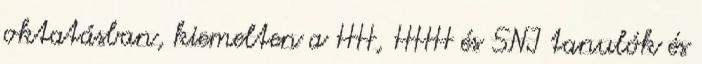
oktatásban, kiemelten a HH, HHH és SNI tanulók és